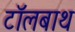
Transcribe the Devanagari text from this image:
टॉलबाथ